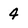
Character: 4